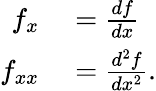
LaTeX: \begin{array}{rl}{f_{x}}&{{}={\frac{df}{dx}}}\\ {f_{xx}}&{{}={\frac{d^{2}f}{dx^{2}}}.}\end{array}